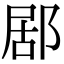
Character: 𨛮